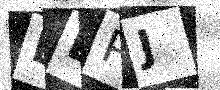
Text: EEPJ